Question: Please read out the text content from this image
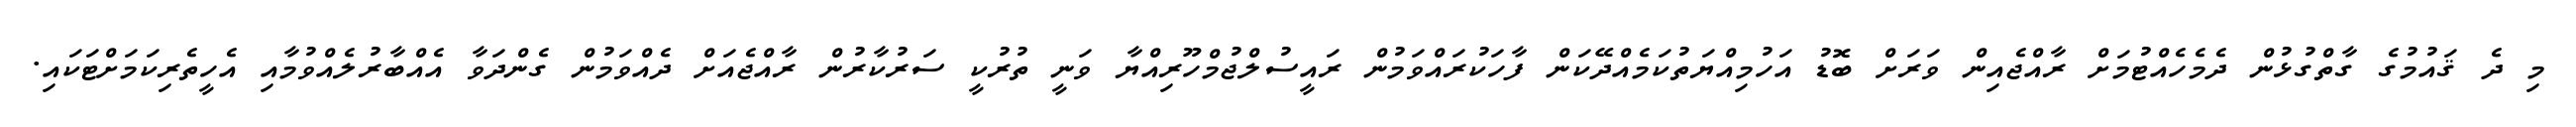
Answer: މި ދެ ޤައުމުގެ ގާތްގުޅުން ދެމެހެއްޓުމަށް ރާއްޖެއިން ވަރަށް ބޮޑު އަހުމިއްޔަތުކަމެއްދޭކަން ފާހަކުރައްވަމުން ރައީސުލްޖުމްހޫރިއްޔާ ވަނީ ތުރުކީ ސަރުކާރުން ރާއްޖެއަށް ދެއްވަމުން ގެންދަވާ އެއްބާރުލެއްވުމާއި އެހީތެރިކަމަށްޓަކައި.